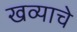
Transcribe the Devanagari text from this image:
खव्याचे